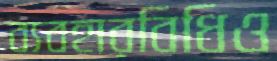
ব্যবহারবিধিও